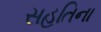
સહતિના